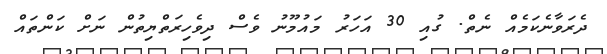
ދެރަވާނެކަމެއް ނެތް. ގުއި 30 އަހަރު މައުމޫނު ވެސް ދިވެހިރަތްޔިތުން ނަށް ކަންތައް